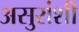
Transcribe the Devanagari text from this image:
असुरांशी